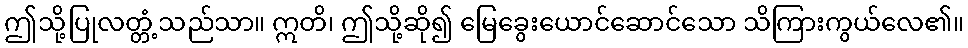
ဤသို့ပြုလတ္တံ့သည်သာ။ ဣတိ၊ ဤသို့ဆို၍ မြေခွေးယောင်ဆောင်သော သိကြားကွယ်လေ၏။